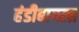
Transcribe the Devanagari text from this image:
हंडीबागला